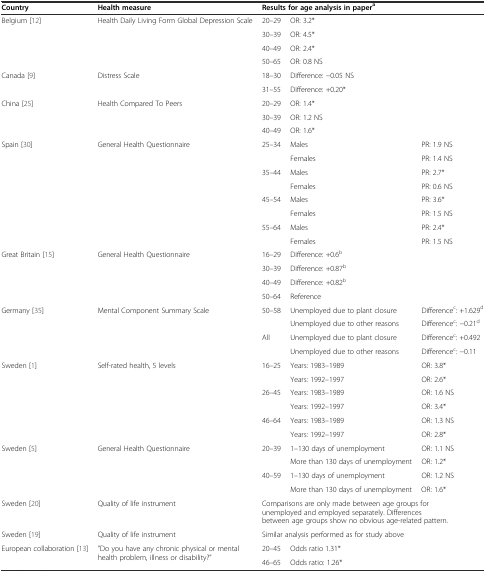
<table><thead><tr><td><b>Country</b></td><td><b>Health measure</b></td><td><b>Results for age analysis in paper<sup>a</sup></b></td><td></td><td></td></tr></thead><tbody><tr><td rowspan="4">Belgium [12]</td><td rowspan="4">Health Daily Living Form Global Depression Scale</td><td>20–29</td><td colspan="2">OR: 3.2*</td></tr><tr><td>30–39</td><td colspan="2">OR: 4.5*</td></tr><tr><td>40–49</td><td colspan="2">OR: 2.4*</td></tr><tr><td>50–65</td><td colspan="2">OR: 0.8 NS</td></tr><tr><td rowspan="2">Canada [9]</td><td rowspan="2">Distress Scale</td><td>18–30</td><td colspan="2">Difference: −0.05 NS</td></tr><tr><td>31–55</td><td colspan="2">Difference: +0.20*</td></tr><tr><td rowspan="3">China [25]</td><td rowspan="3">Health Compared To Peers</td><td>20–29</td><td colspan="2">OR: 1.4*</td></tr><tr><td>30–39</td><td colspan="2">OR: 1.2 NS</td></tr><tr><td>40–49</td><td colspan="2">OR: 1.6*</td></tr><tr><td rowspan="8">Spain [30]</td><td rowspan="8">General Health Questionnaire</td><td rowspan="2">25–34</td><td>Males</td><td>PR: 1.9 NS</td></tr><tr><td>Females</td><td>PR: 1.4 NS</td></tr><tr><td rowspan="2">35–44</td><td>Males</td><td>PR: 2.7*</td></tr><tr><td>Females</td><td>PR: 0.6 NS</td></tr><tr><td rowspan="2">45–54</td><td>Males</td><td>PR: 3.6*</td></tr><tr><td>Females</td><td>PR: 1.5 NS</td></tr><tr><td rowspan="2">55–64</td><td>Males</td><td>PR: 2.4*</td></tr><tr><td>Females</td><td>PR: 1.5 NS</td></tr><tr><td rowspan="4">Great Britain [15]</td><td rowspan="4">General Health Questionnaire</td><td>16–29</td><td colspan="2">Difference: +0.6<sup>b</sup></td></tr><tr><td>30–39</td><td colspan="2">Difference: +0.87<sup>b</sup></td></tr><tr><td>40–49</td><td colspan="2">Difference: +0.82<sup>b</sup></td></tr><tr><td>50–64</td><td colspan="2">Reference</td></tr><tr><td rowspan="4">Germany [35]</td><td rowspan="4">Mental Component Summary Scale</td><td rowspan="2">50–58</td><td>Unemployed due to plant closure</td><td>Difference<sup>c</sup>: +1.629<sup>d</sup></td></tr><tr><td>Unemployed due to other reasons</td><td>Difference<sup>c</sup>: −0.21<sup>d</sup></td></tr><tr><td rowspan="2">All</td><td>Unemployed due to plant closure</td><td>Difference<sup>c</sup>: +0.492</td></tr><tr><td>Unemployed due to other reasons</td><td>Difference<sup>c</sup>: −0.11</td></tr><tr><td rowspan="6">Sweden [1]</td><td rowspan="6">Self-rated health, 5 levels</td><td rowspan="2">16–25</td><td>Years: 1983–1989</td><td>OR: 3.8*</td></tr><tr><td>Years: 1992–1997</td><td>OR: 2.6*</td></tr><tr><td rowspan="2">26–45</td><td>Years: 1983–1989</td><td>OR: 1.6 NS</td></tr><tr><td>Years: 1992–1997</td><td>OR: 3.4*</td></tr><tr><td rowspan="2">46–64</td><td>Years: 1983–1989</td><td>OR: 1.3 NS</td></tr><tr><td>Years: 1992–1997</td><td>OR: 2.8*</td></tr><tr><td rowspan="4">Sweden [5]</td><td rowspan="4">General Health Questionnaire</td><td rowspan="2">20–39</td><td>1–130 days of unemployment</td><td>OR: 1.1 NS</td></tr><tr><td>More than 130 days of unemployment</td><td>OR: 1.2*</td></tr><tr><td rowspan="2">40–59</td><td>1–130 days of unemployment</td><td>OR: 1.2 NS</td></tr><tr><td>More than 130 days of unemployment</td><td>OR: 1.6*</td></tr><tr><td>Sweden [20]</td><td>Quality of life instrument</td><td colspan="3">Comparisons are only made between age groups for unemployed and employed separately. Differences between age groups show no obvious age-related pattern.</td></tr><tr><td>Sweden [19]</td><td>Quality of life instrument</td><td colspan="3">Similar analysis performed as for study above</td></tr><tr><td rowspan="2">European collaboration [13]</td><td rowspan="2">”Do you have any chronic physical or mental health problem, illness or disability?”</td><td>20–45</td><td colspan="2">Odds ratio 1.31*</td></tr><tr><td>46–65</td><td colspan="2">Odds ratio: 1.26*</td></tr></tbody></table>